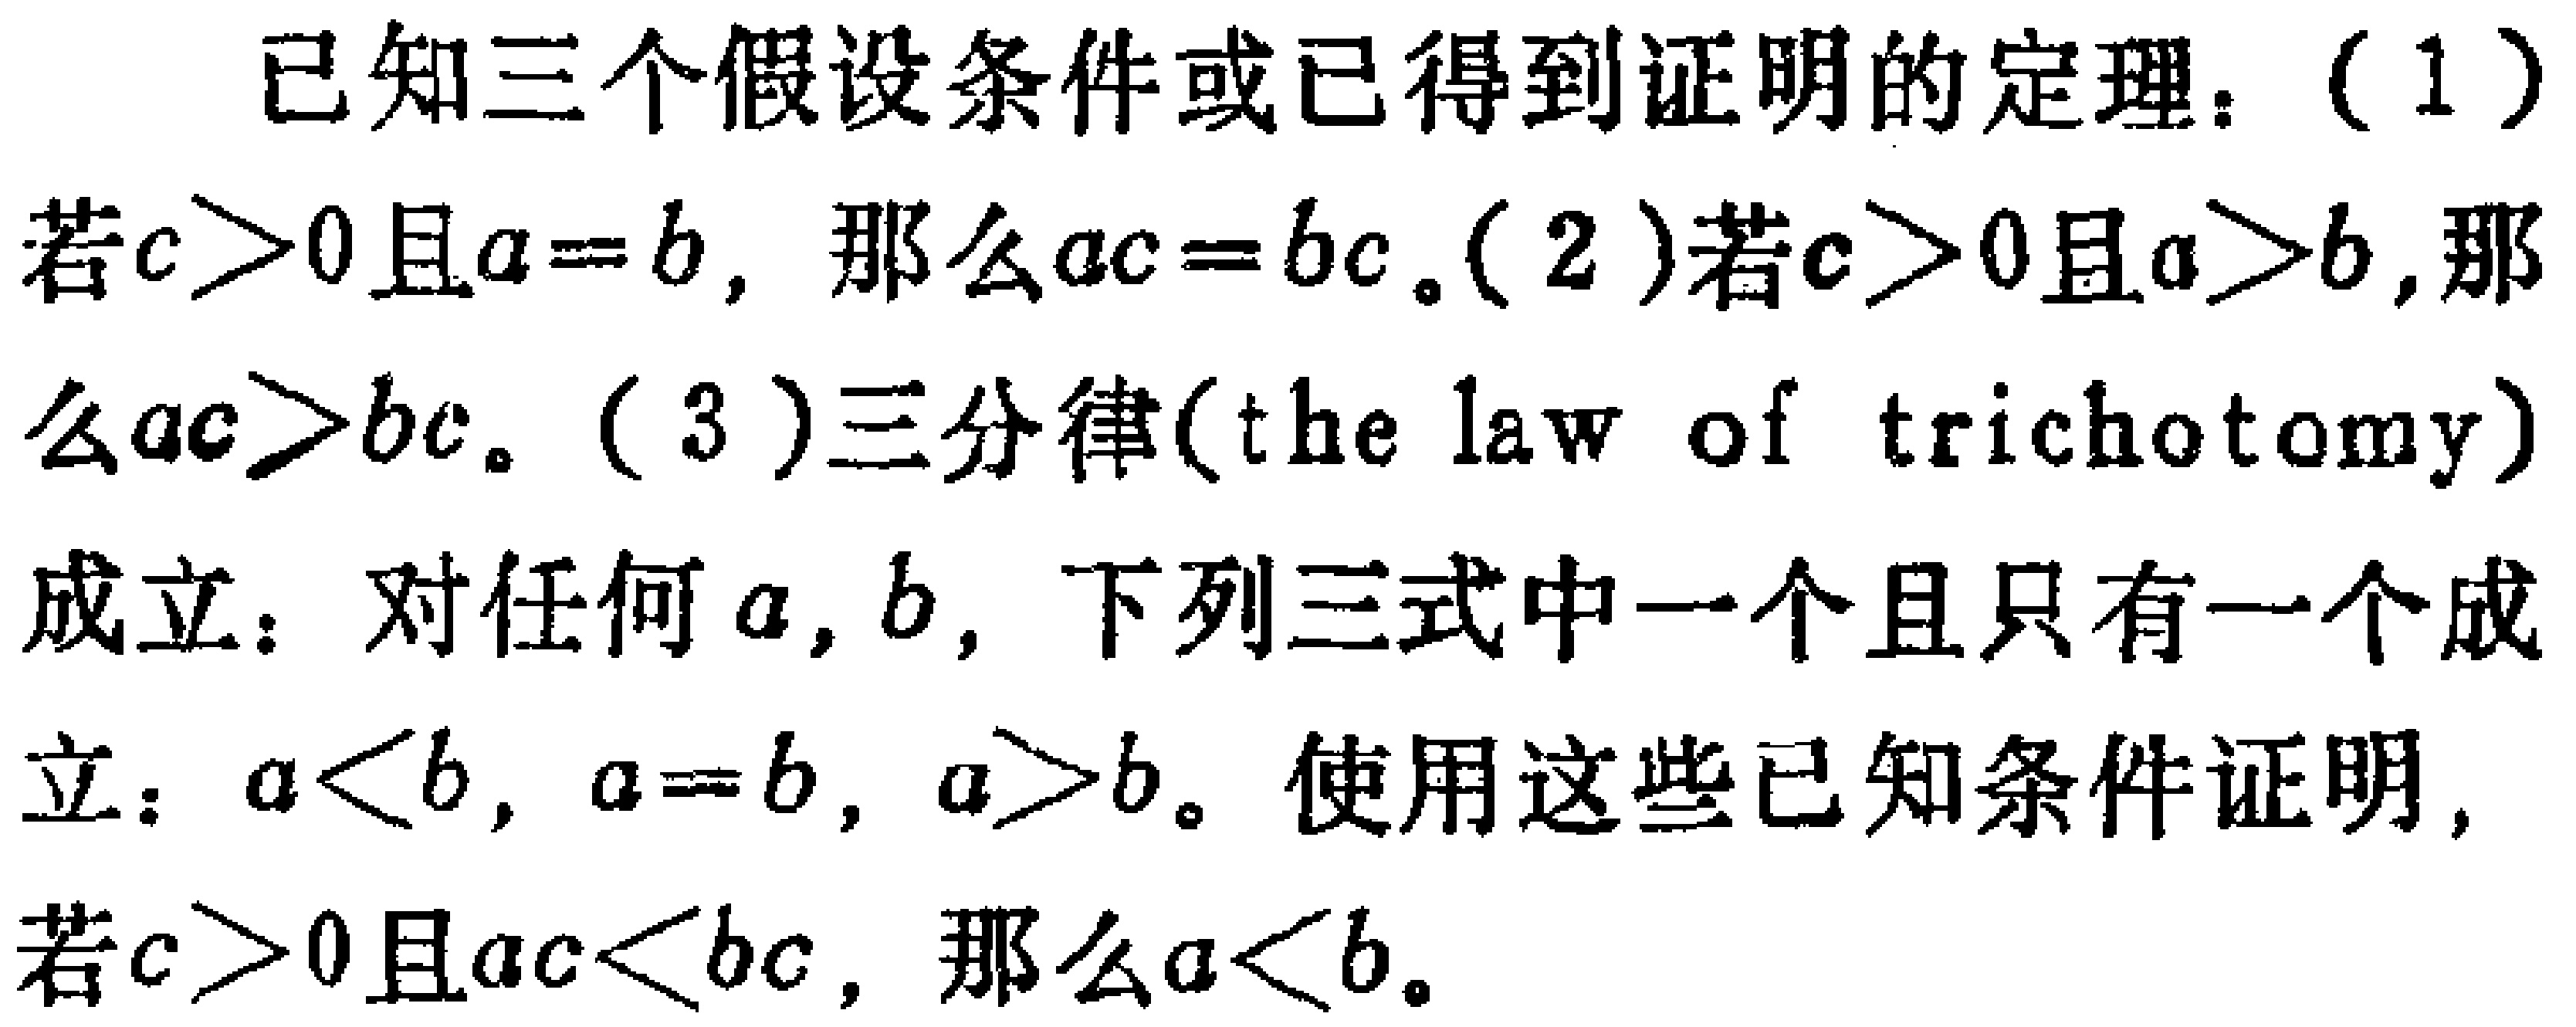
已知三个假设条件或已得到证明的定理：（1）若\(c > 0\)且\(a = b\)，那么\(ac = bc\)。（2）若\(c > 0\)且\(a > b\)，那么\(ac > bc\)。（3）三分律(the law of trichotomy)成立：对任何\(a,b\)，下列三式中一个且只有一个成立：\(a < b\)，\(a = b\)，\(a > b\)。使用这些已知条件证明，若\(c > 0\)且\(ac < bc\)，那么\(a < b\)。